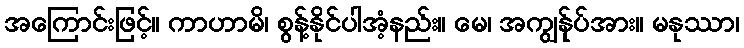
အကြောင်းဖြင့်။ ကာဟာမိ၊ စွန့်နိုင်ပါအံ့နည်း။ မေ၊ အကျွန်ုပ်အား။ မနုဿာ၊